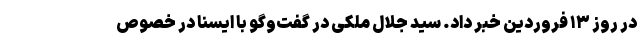
در روز ۱۳ فروردین خبر داد. سید جلال ملکی در گفت‌وگو با ایسنا در خصوص